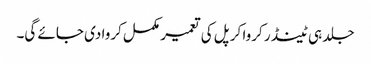
جلد ہی ٹینڈر کروا کر پل کی تعمیر مکمل کروا دی جائے گی۔